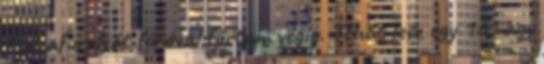
bodzafurulyát fúróval fúrtam végig. Tehát lesz egy 16 vagy